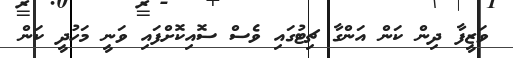
ވަޒީފާ ދިން ކަން އަންގާ ޗިޓުގައި ވެސް ސޮއިކޮށްފައި ވަނީ މަހުދީ ކަން